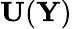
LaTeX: {\mathbf U}({\mathbf Y})